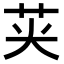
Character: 𮎦